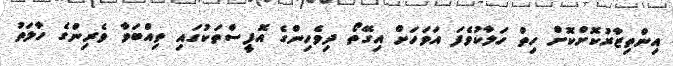
އިންތިޒާރުކޮށްކޮށް ހިތް ހަލާކުވެފަ އަވަހަށް އިގޭތޯ ދިވެހިންގެ އޮފީސްތަކުގައި ތިއްބަވާ ވެރިންގެ ހާލަތު